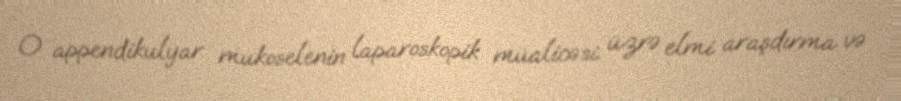
O appendikulyar mukoselenin laparoskopik müalicəsi üzrə elmi araşdırma və